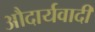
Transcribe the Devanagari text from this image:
औदार्यवादी